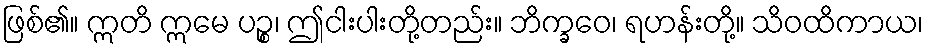
ဖြစ်၏။ ဣတိ ဣမေ ပဉ္စ၊ ဤငါးပါးတို့တည်း။ ဘိက္ခဝေ၊ ရဟန်းတို့။ သိဝထိကာယ၊